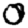
Digit: 0